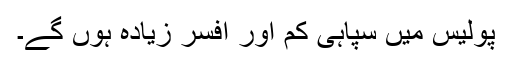
پولیس میں سپاہی کم اور افسر زیادہ ہوں گے۔